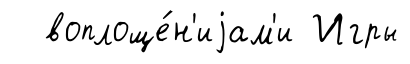
воплоще́н'иjам'и Игры